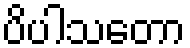
ပိပါသတော